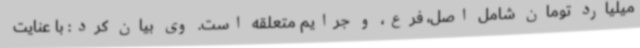
میلیارد تومان شامل اصل، فرع، و جرایم متعلقه است. وی بیان کرد: با عنایت